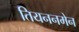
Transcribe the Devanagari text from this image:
तियननमेन